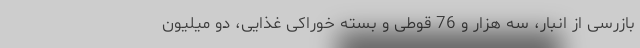
بازرسی از انبار، سه هزار و 76 قوطی و بسته خوراکی غذایی، دو میلیون